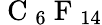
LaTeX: {\mathrm{~C~}}_{6}{\mathrm{~F~}}_{14}